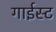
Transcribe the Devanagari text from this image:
गाईस्ट